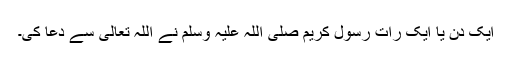
ایک دن یا ایک رات رسول کریم صلی اللہ علیہ وسلم نے اللہ تعالیٰ سے دعا کی۔